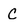
Character: C